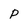
Character: p